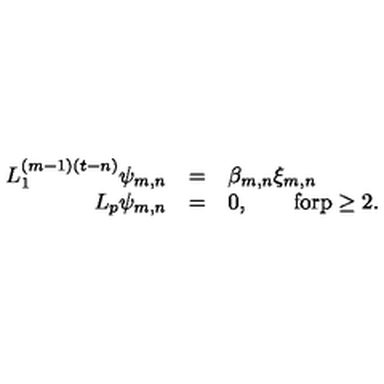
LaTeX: \begin{array} { r c l } { L _ { 1 } ^ { ( m - 1 ) ( t - n ) } \psi _ { m , n } } & { = } & { \beta _ { m , n } \xi _ { m , n } } \\ { L _ { p } \psi _ { m , n } } & { = } & { 0 , \qquad \mathrm { f o r p \geq 2 } . } \\ \end{array}